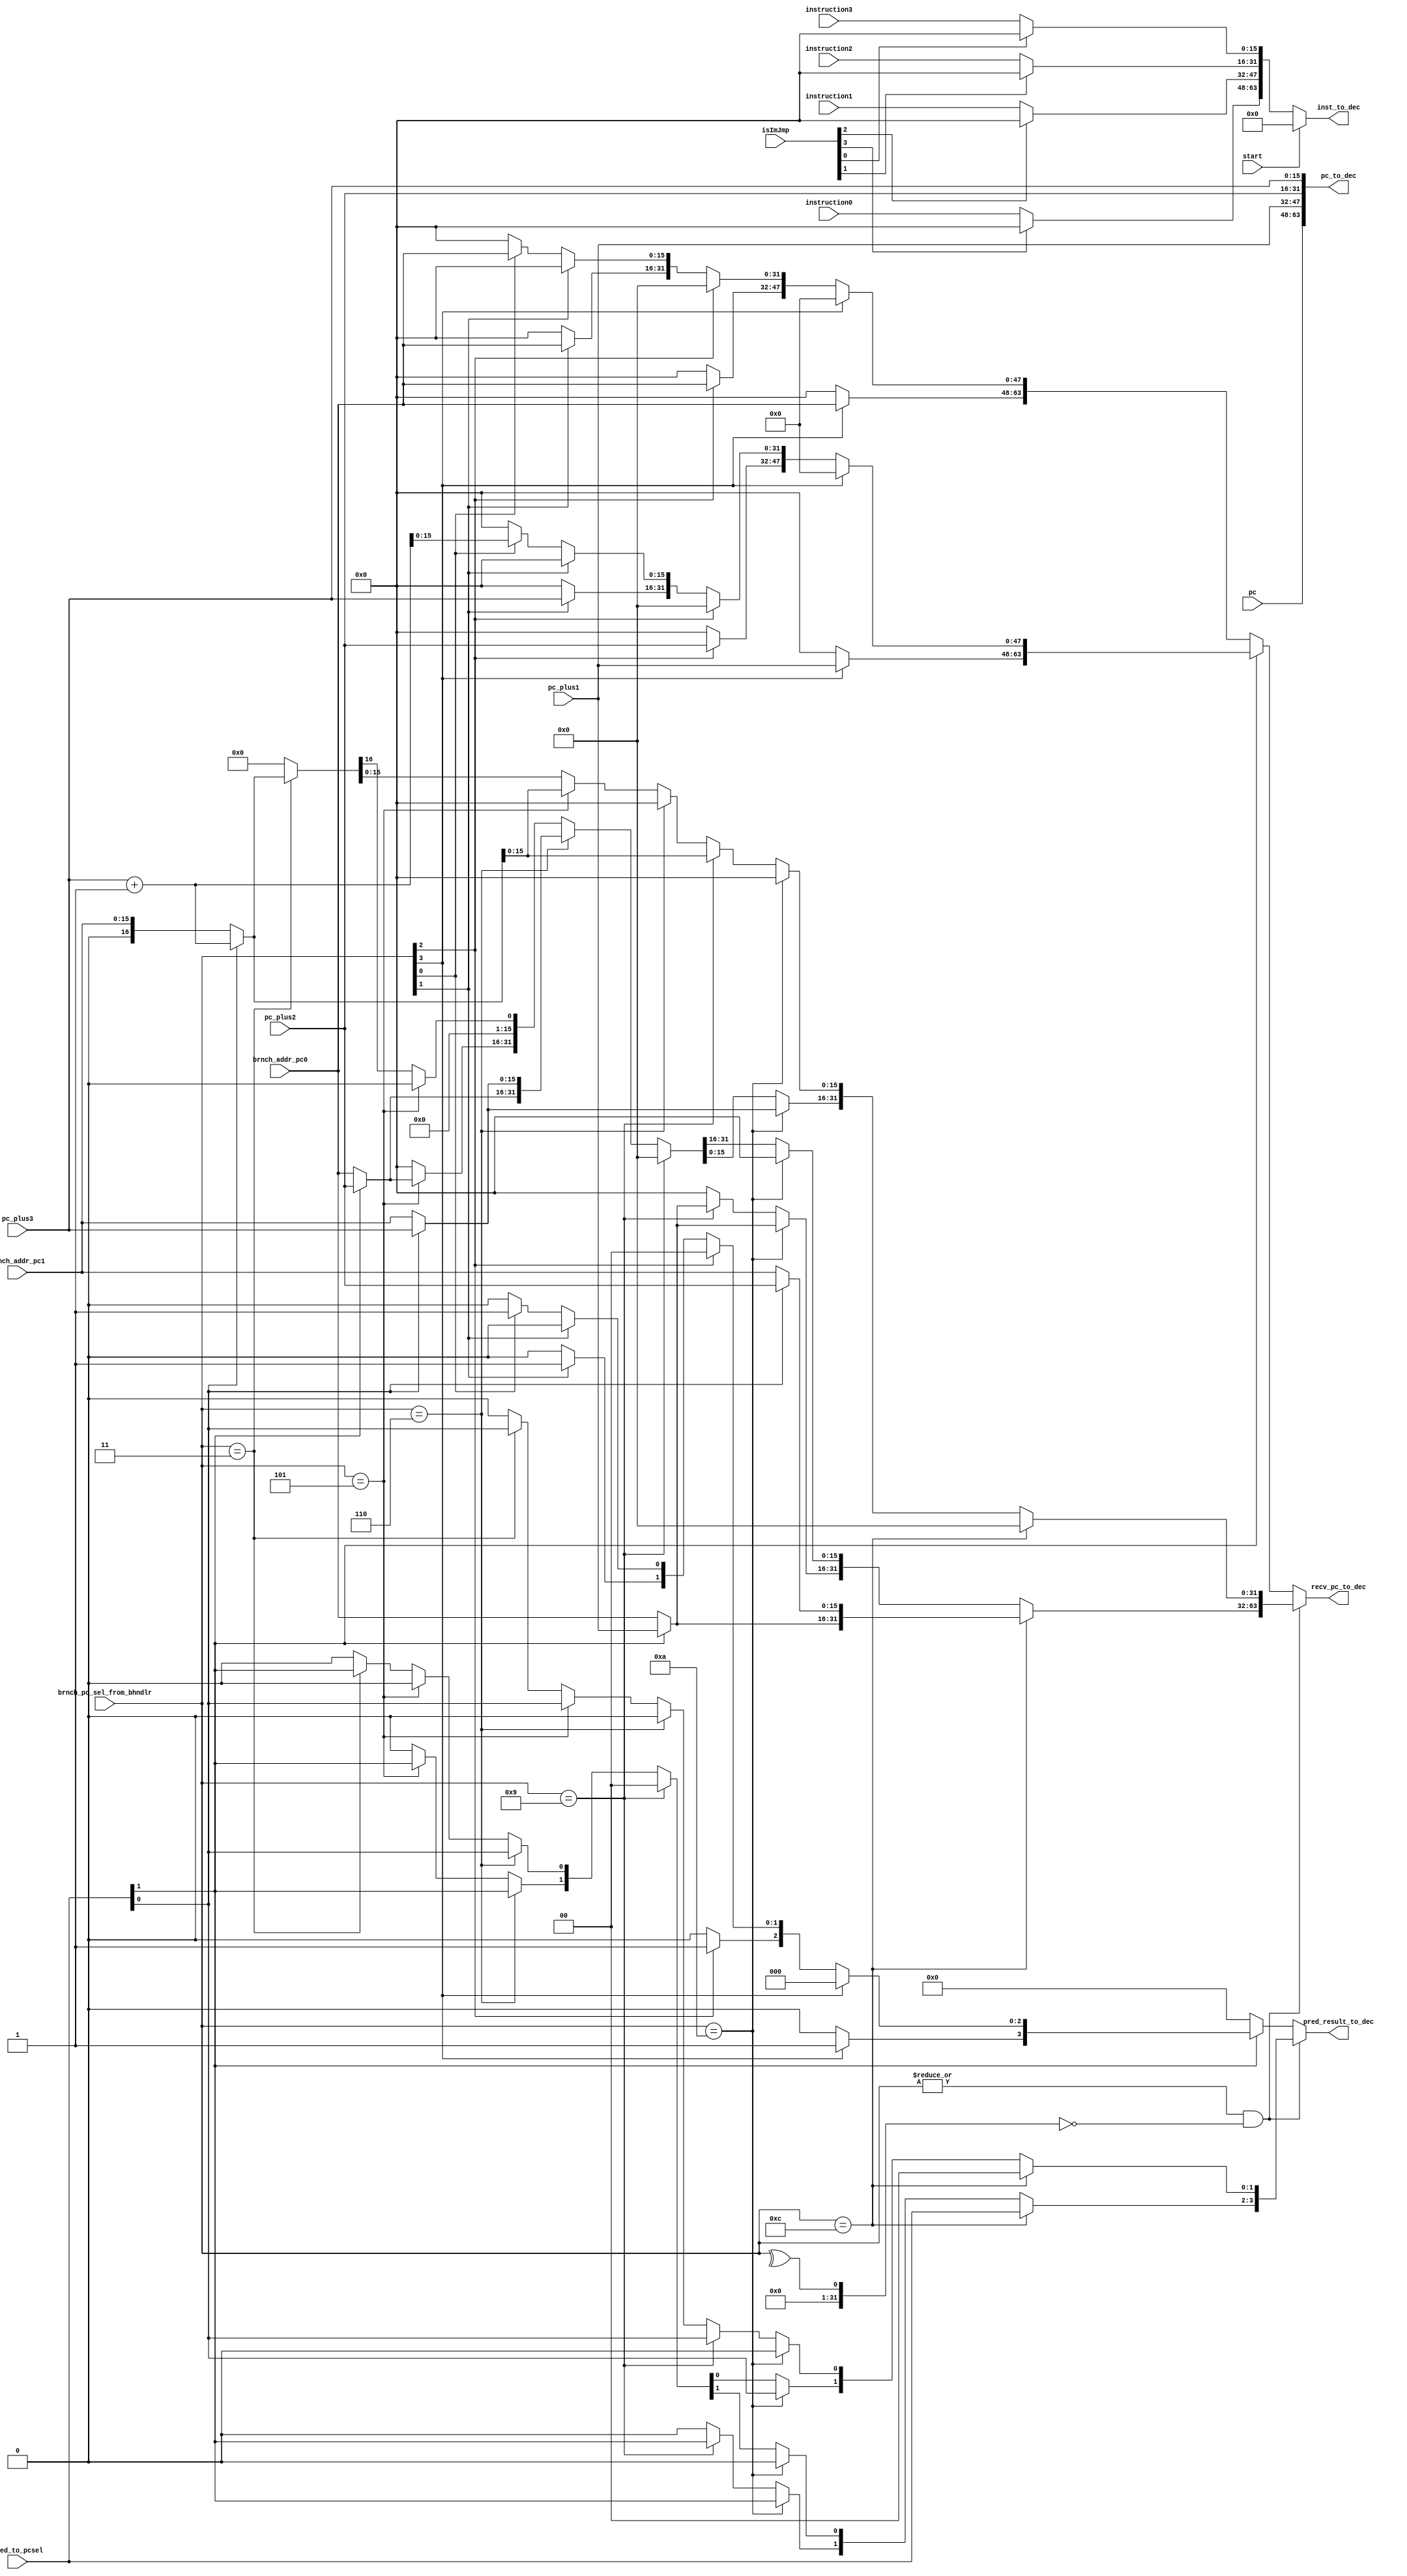
module dataout_pack(input start,
		    input [15:0]      pc,
		    input [15:0]      pc_plus1,
		    input [15:0]      pc_plus2,
		    input [15:0]      pc_plus3,
		    input [15:0]      instruction0,
		    input [15:0]      instruction1,
		    input [15:0]      instruction2,
		    input [15:0]      instruction3,
		    input [15:0]      brnch_addr_pc0,
		    input [15:0]      brnch_addr_pc1,
		    input [1:0]       pred_to_pcsel,
		    input [3:0]       brnch_pc_sel_from_bhndlr,
		    input [3:0]       isImJmp,//from branch handler, nop immdiate jump at output

		    output [63:0]     pc_to_dec,
		    output [63:0]     inst_to_dec,
		    output reg [63:0] recv_pc_to_dec,
		    output reg [3:0]  pred_result_to_dec
		    );


   always@(/*autosense*/brnch_addr_pc0 or brnch_addr_pc1
	   or brnch_pc_sel_from_bhndlr or pc_plus1 or pc_plus2
	   or pc_plus3 or pred_to_pcsel)begin
      
  
      recv_pc_to_dec=64'b0;
      pred_result_to_dec=4'b0;
      
      if(((|brnch_pc_sel_from_bhndlr)!=0)&&((^brnch_pc_sel_from_bhndlr)==0))//two branch inst
	begin
	   if(brnch_pc_sel_from_bhndlr==4'b1100)
	     begin
		pred_result_to_dec[3:2]=pred_to_pcsel;
		recv_pc_to_dec[63:32]={(!pred_to_pcsel[1])?brnch_addr_pc0:pc_plus1,(!pred_to_pcsel[0])?brnch_addr_pc1:pc_plus2};
	     end
	   else if(brnch_pc_sel_from_bhndlr==4'b1010)
	     begin
		pred_result_to_dec[3]=pred_to_pcsel[1];
		pred_result_to_dec[1]=pred_to_pcsel[0];
		recv_pc_to_dec[63:48]=(!pred_to_pcsel[1])?brnch_addr_pc0:pc_plus1;
		recv_pc_to_dec[31:16]=(!pred_to_pcsel[0])?brnch_addr_pc1:pc_plus3;
	     end
	   else if(brnch_pc_sel_from_bhndlr==4'b1001)
	     begin
		pred_result_to_dec[3]=pred_to_pcsel[1];
		pred_result_to_dec[0]=pred_to_pcsel[0];
		recv_pc_to_dec[63:48]=(!pred_to_pcsel[1])?brnch_addr_pc0:pc_plus1;
		recv_pc_to_dec[15:0]=(!pred_to_pcsel[0])?brnch_addr_pc1:(pc_plus3+1);
	     end
	   else if(brnch_pc_sel_from_bhndlr==4'b0110)
	     begin
		pred_result_to_dec[2]=pred_to_pcsel[1];
		pred_result_to_dec[1]=pred_to_pcsel[0];
		recv_pc_to_dec[47:16]={(!pred_to_pcsel[1])?brnch_addr_pc0:pc_plus2,
				       (!pred_to_pcsel[0])?brnch_addr_pc1:pc_plus3};
	     end
	   else if(brnch_pc_sel_from_bhndlr==4'b0101)
	     begin
		pred_result_to_dec[2]=pred_to_pcsel[1];
		pred_result_to_dec[0]=pred_to_pcsel[0];
		recv_pc_to_dec[47:32]=(!pred_to_pcsel[1])?brnch_addr_pc0:pc_plus2;
		recv_pc_to_dec[15:0]=(!pred_to_pcsel[0])?brnch_addr_pc1:(pc_plus3+1);
	     end
	   else if(brnch_pc_sel_from_bhndlr==4'b0011)
	     begin
		pred_result_to_dec[1]=pred_to_pcsel[1];
		pred_result_to_dec[0]=pred_to_pcsel[0];
		recv_pc_to_dec[31:0]={(!pred_to_pcsel[1])?brnch_addr_pc0:pc_plus3,(!pred_to_pcsel[0])?brnch_addr_pc1:(pc_plus3+1)};
	     end
	end 
      else //one branch
	begin
	   if((pred_to_pcsel[1])==1)begin
	      if(brnch_pc_sel_from_bhndlr[3]==1)
		begin
		   pred_result_to_dec[3] = pred_to_pcsel[1];
		   recv_pc_to_dec[63:48]=pc_plus1;
		end
	      else if(brnch_pc_sel_from_bhndlr[2]==1)
		begin
		   pred_result_to_dec[2] = pred_to_pcsel[1];
		   recv_pc_to_dec[47:32]=pc_plus2;
		end
	      else if(brnch_pc_sel_from_bhndlr[1]==1)
		begin
		   pred_result_to_dec[1] = pred_to_pcsel[1];
		   recv_pc_to_dec[31:16]=pc_plus3;
		end
	      else if(brnch_pc_sel_from_bhndlr[0]==1)
		begin
		   pred_result_to_dec[0] = pred_to_pcsel[1];
		   recv_pc_to_dec[15:0]=pc_plus3+1;
		end
	   end
	   else
	     begin
		if(brnch_pc_sel_from_bhndlr[3]==1)
		  recv_pc_to_dec[63:48]=brnch_addr_pc0;
		else if(brnch_pc_sel_from_bhndlr[2]==1)
		  recv_pc_to_dec[47:32]=brnch_addr_pc0;	
		else if(brnch_pc_sel_from_bhndlr[1]==1)
		  recv_pc_to_dec[31:16]=brnch_addr_pc0;
		else if(brnch_pc_sel_from_bhndlr[0]==1)
		  recv_pc_to_dec[15:0]=brnch_addr_pc0;
	     end
	end
   end
   

   assign pc_to_dec={pc,pc_plus1,pc_plus2,pc_plus3};
   assign inst_to_dec=start?64'b0:({isImJmp[3]?16'b0:instruction0,isImJmp[2]?16'b0:instruction1,
				    isImJmp[1]?16'b0:instruction2,isImJmp[0]?16'b0:instruction3});
   
   
endmodule